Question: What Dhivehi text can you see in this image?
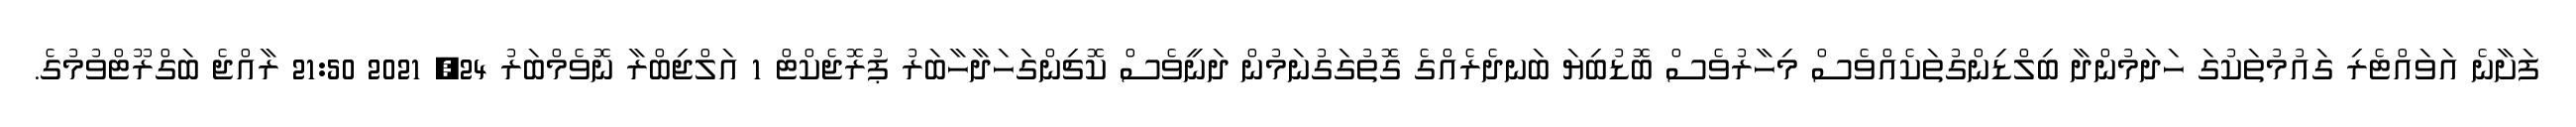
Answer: ފަށާނެ އަވައްޓެރި ގައުމުތަކުގަ ހަދަމުންދާ ބިލްޑިންގުތަކެއްވެސް މިހާރުވެސް ބޮޑުބިޔަ ބަނދެރެއްގެ ގޮތުގަގުނަމުން ދަނީވެސް ކޮޗިންގަހަދާހާބަރު ޕުރޮޖެކްޓް 1 އަލްޖިބްރާ ނޮވެމްބަރު 24, 2021 21:50 ރާއްޖެ ބަގްރޫޓްވުމުގެ.